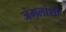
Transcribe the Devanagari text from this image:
जंगलांशी